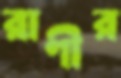
রাণীর